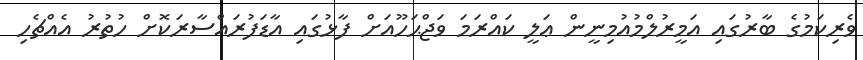
ވެރިކަމުގެ ބާރުގައި އަމީރުލްމުއުމިނީން ޢަލީ ކައްރަމަ ވަޖްޙަހޫއަށް ފާޅުގައި އާޑަފުރައްސާރަކޮށް ހުތުރު އެއްޗެހި